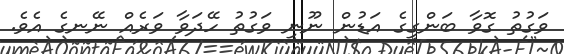
ވަގުތު ގޮވާ ބަންގީގެ އަޑުން ނޫނީ ވަގުތު ހޭދަވާ ވަރެއް ނޭނގެ އެވެ.